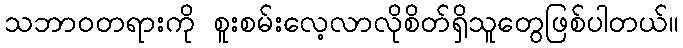
သဘာဝတရားကို စူးစမ်းလေ့လာလိုစိတ်ရှိသူတွေဖြစ်ပါတယ်။